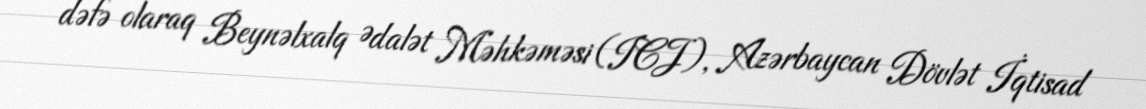
dəfə olaraq Beynəlxalq Ədalət Məhkəməsi (ICJ), Azərbaycan Dövlət İqtisad